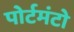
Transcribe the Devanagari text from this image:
पोर्टमंटो